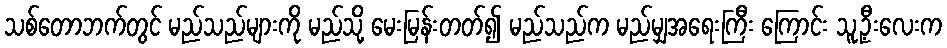
သစ်တောဘက်တွင် မည်သည်များကို မည်သို့ မေးမြန်းတတ်၍ မည်သည်က မည်မျှအရေးကြီး ကြောင်း သူ့ဦးလေးက